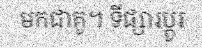
មកជាគូ។ ទីផ្សារប្តូរ